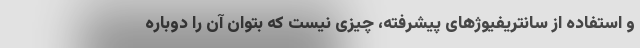
و استفاده از سانتریفیوژهای پیشرفته، چیزی نیست که بتوان آن را دوباره